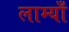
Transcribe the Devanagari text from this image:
लाम्याँ